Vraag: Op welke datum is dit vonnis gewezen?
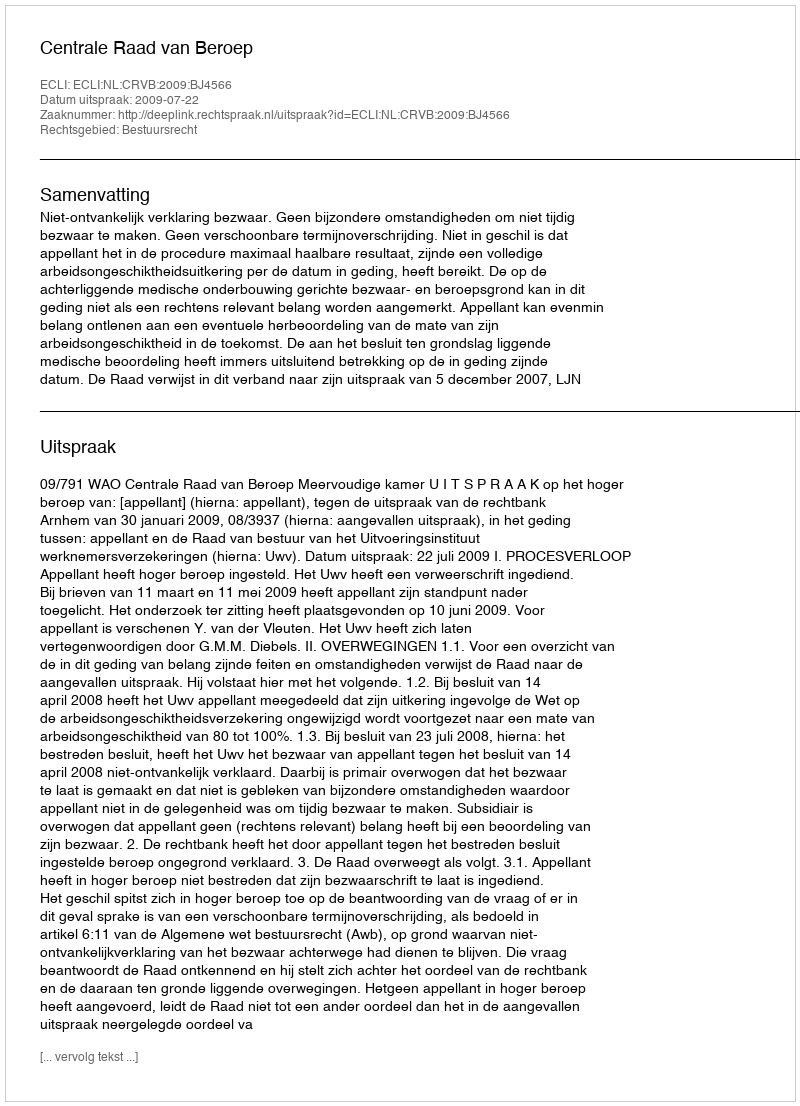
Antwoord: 2009-07-22